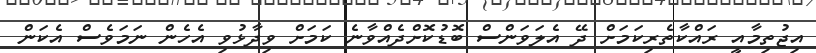
އިޖުތިމާއީ ރައްކާތެރިކަމަށް ދޭ އެލަވަންސް ބޮޑުކޮށްދެއްވާނެ ކަމަށް ވިދާޅުވި އެހެން ނަމަވެސް އެކަން